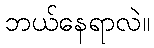
ဘယ်နေရာလဲ။